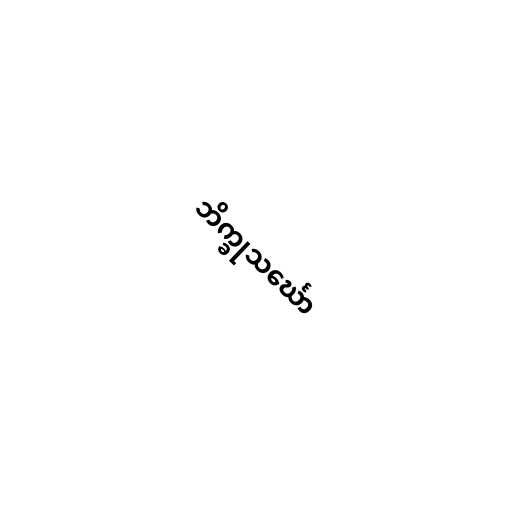
ဘိက္ခုသင်္ဃော